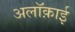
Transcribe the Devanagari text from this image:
अलॉक़ाई